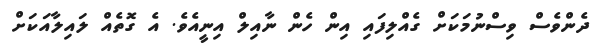
ދެންވެސް ވިސްނުމަކަށް ގެއްލިފައި އިން ހެން ނާއިލް އިނީއެވެ. އެ ގޮތެއް ލައިލާއަކަށް